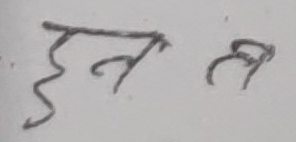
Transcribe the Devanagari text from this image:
हन ह्र